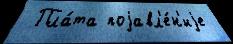
 Пла́та поjавл'е́н'иjе